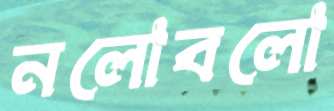
নলোবলো